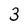
Character: 3